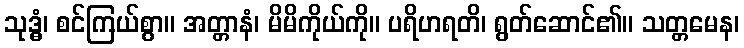
သုဒ္ဓံ၊ စင်ကြယ်စွာ။ အတ္တာနံ၊ မိမိကိုယ်ကို။ ပရိဟရတိ၊ ရွတ်ဆောင်၏။ သတ္တမေန၊